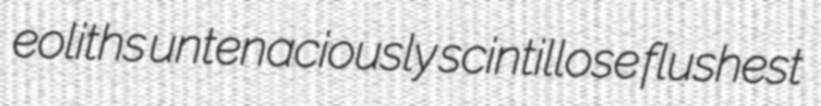
eoliths untenaciously scintillose flushest